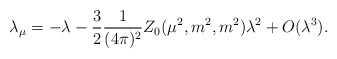
\begin{align*}\lambda _{\mu }=-\lambda -\frac{3}{2}\frac{1}{(4\pi )^{2}}Z_{0}(\mu^{2},m^{2},m^{2})\lambda ^{2}+O(\lambda ^{3}). \end{align*}